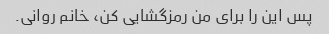
پس این را برای من رمزگشایی کن، خانم روانی.